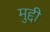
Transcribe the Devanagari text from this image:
मुद्दी